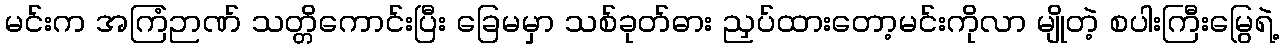
မင်းက အကြံဉာဏ် သတ္တိကောင်းပြီး ခြေမမှာ သစ်ခုတ်ဓား ညှပ်ထားတော့မင်းကိုလာ မျိုတဲ့ စပါးကြီးမြွေရဲ့